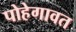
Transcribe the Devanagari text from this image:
पोहेगावत